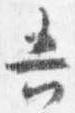
吾